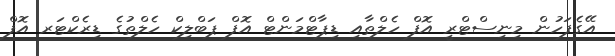
އޭގެފަހުން މިނިސްޓްރީ އޮފް ހެލްތާއި ޑިޕާޓްމަންޓް އޮފް ޕަބްލިކް ހެލްތުގެ ޑިރެކްޓަރ އޮފް